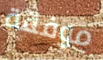
موفقة